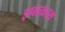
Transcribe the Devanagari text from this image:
इपायरस